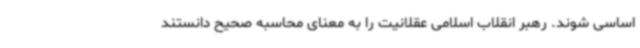
اساسی شوند. رهبر انقلاب اسلامی عقلانیت را به معنای محاسبه صحیح دانستند